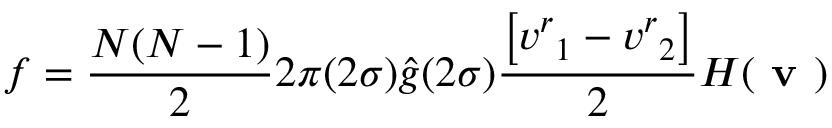
f = \frac { N ( N - 1 ) } { 2 } 2 \pi ( 2 \sigma ) \hat { g } ( 2 \sigma ) \frac { \big [ { v ^ { r } } _ { 1 } - { v ^ { r } } _ { 2 } \big ] } { 2 } H ( \textbf { v } )